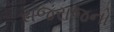
રાજરાજનો